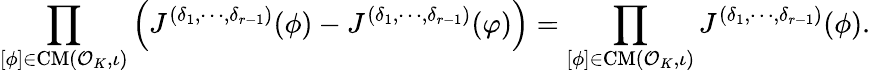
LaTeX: \prod_{[\phi]\in\mathrm{CM}(\mathcal{O}_{K},\iota)}\left(J^{(\delta_{1},\cdots,\delta_{r-1})}(\phi)-J^{(\delta_{1},\cdots,\delta_{r-1})}(\varphi)\right)=\prod_{[\phi]\in\mathrm{CM}(\mathcal{O}_{K},\iota)}J^{(\delta_{1},\cdots,\delta_{r-1})}(\phi).